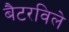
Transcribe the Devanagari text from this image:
बैटरविले